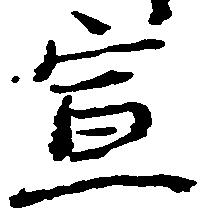
宣